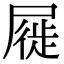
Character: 屣